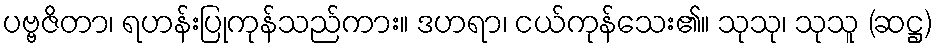
ပဗ္ဗဇိတာ၊ ရဟန်းပြုကုန်သည်ကား။ ဒဟရာ၊ ငယ်ကုန်သေး၏။ သုသု၊ သုသူ (ဆဋ္ဌ)